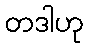
တဒါဟု